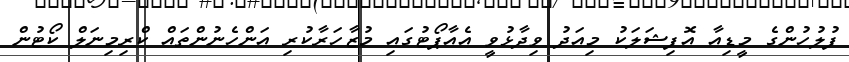
ފުލުހުންގެ މީޑިއާ އޮފިޝަލަކު މިއަދު ވިދާޅުވީ އެއާޕޯޓުގައި މުޒާހަރާކުރި އަންހެނުންތައް ކްރިމިނަލް ކޯޓުން